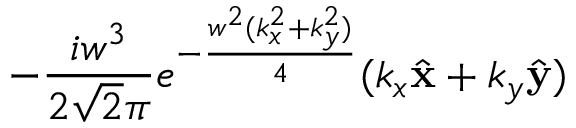
- \frac { i w ^ { 3 } } { 2 \sqrt { 2 } \pi } e ^ { - \frac { w ^ { 2 } ( k _ { x } ^ { 2 } + k _ { y } ^ { 2 } ) } { 4 } } ( k _ { x } \hat { \mathbf { x } } + k _ { y } \hat { \mathbf { y } } )